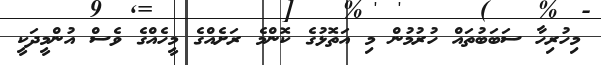
މިހުރިހާ ސަބަބުތައް ހުރުމުން މި އަތޮޅުގެ ކޮންމެ ރަށެއްގެ މީހެއްގެ ވެސް އުންމީދަކީ